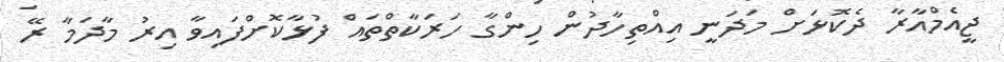
ޖީއެމްއާރާ ދެކޮޅަށް މަދަނީ އިއްތިހާދުން ހިންގާ ހަރަކާތްތައް ފުޅާކޮށްފައިވާ އިރު މާދަމާ ރޭ